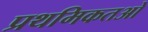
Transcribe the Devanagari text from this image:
प्रथमिकतओ